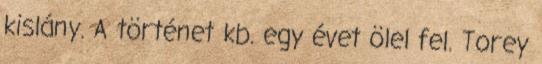
kislány. A történet kb. egy évet ölel fel. Torey